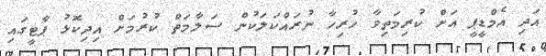
އަދި އެމްޑީޕީ އަށް ކުރިމަތިވާ ހުރިހާ ނުރައްކަލަކުން ސަލާމަތް ކުރުމަށް އިދިކޮޅު ޕާޓީގައި